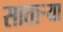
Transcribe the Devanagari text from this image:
सातार्‍या